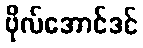
ဗိုလ်အောင်ဒင်